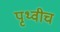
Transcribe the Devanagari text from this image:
पृथ्वीच